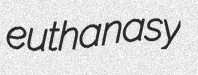
euthanasy